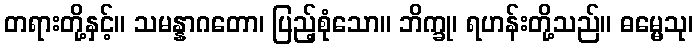
တရားတို့နှင့်။ သမန္နာဂတော၊ ပြည့်စုံသော။ ဘိက္ခု၊ ရဟန်းတို့သည်။ ဓမ္မေသု၊